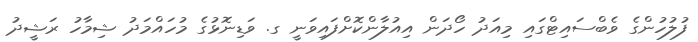
ފުލުހުންގެ ވެބްސައިޓްގައި މިއަދު ހޯދަން އިއުލާންކޮށްފައިވަނީ ގ. ވަޑިނޮޅުގެ މުހައްމަދު ޝިމާހު ރަޝީދު